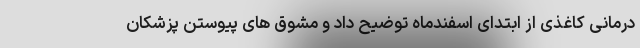
درمانی کاغذی از ابتدای اسفندماه توضیح داد و مشوق های پیوستن پزشکان